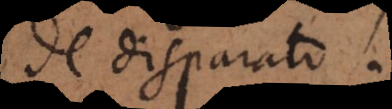
de disparato.